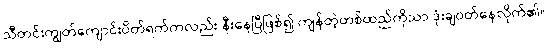
သီတင်းကျွတ်ကျောင်းပိတ်ရက်ကလည်း နီးနေပြီဖြစ်၍ ကျန်တဲ့တစ်ထည်ကိုသာ ဒုံးချဝတ်နေလိုက်၏။